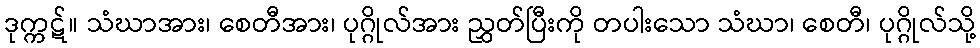
ဒုက္ကဋ်။ သံဃာအား၊ စေတီအား၊ ပုဂ္ဂိုလ်အား ညွှတ်ပြီးကို တပါးသော သံဃာ၊ စေတီ၊ ပုဂ္ဂိုလ်သို့